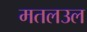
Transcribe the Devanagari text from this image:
मतलउल